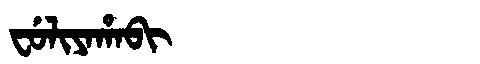
Manchu: ᠸᡠᠯᡳᠶᠠᡥᠠᠪᡳ
Romanization: FULIYAHABI